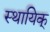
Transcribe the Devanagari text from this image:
स्थायिक्